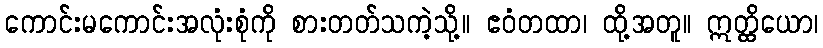
ကောင်းမကောင်းအလုံးစုံကို စားတတ်သကဲ့သို့။ ဧဝံတထာ၊ ထို့အတူ။ ဣတ္ထိယော၊